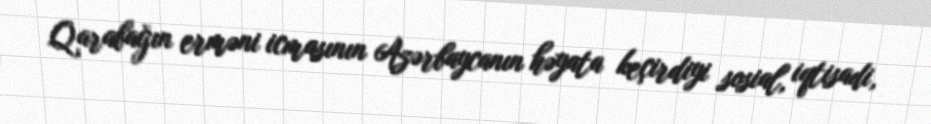
Qarabağın erməni icmasının Azərbaycanın həyata keçirdiyi sosial, iqtisadi,